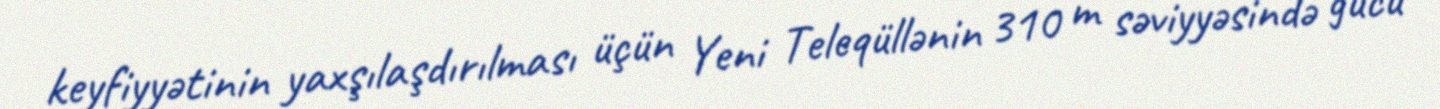
keyfiyyətinin yaxşılaşdırılması üçün Yeni Teleqüllənin 310 m səviyyəsində gücü